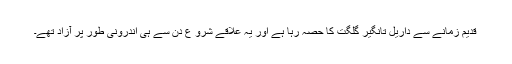
قدیم زمانے سے داریل تانگیر گلگت کا حصہ رہا ہے اور یہ علاقے شرو ع دن سے ہی اندرونی طور پر آزاد تھے۔